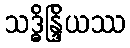
သဒ္ဓိန္ဒြိယဿ